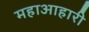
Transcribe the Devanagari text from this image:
महाआहारी